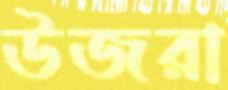
উজরা